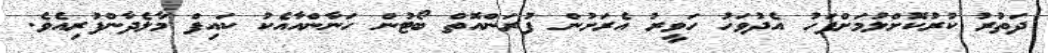
ދަތުރު ކުރުކޮށްލުމަށްފަހު އެދުވަހު ހަވީރު އެރަށުން ފުރަންއޮތް ބޯޓުން ހަނާންއާއެކު ކައިފް މާލެދާންފުރިއެވެ.